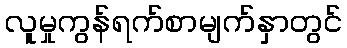
လူမှုကွန်ရက်စာမျက်နှာတွင်